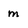
Character: m